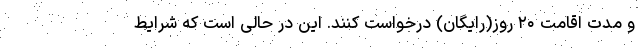
و مدت اقامت ۲۰ روز(رایگان) درخواست کنند. این در حالی است که شرایط